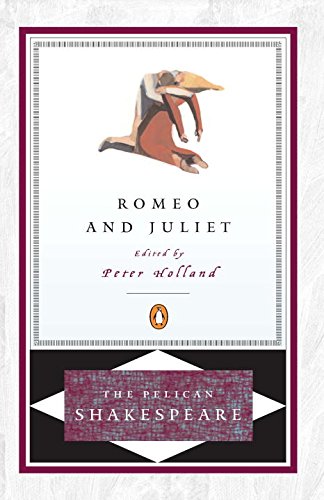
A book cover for Romeo and Juliet (The Pelican Shakespeare); William Shakespeare; Humor & Entertainment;